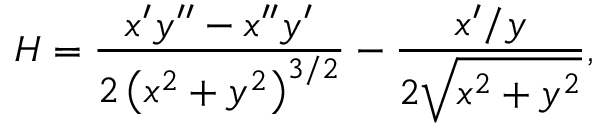
H = \frac { x ^ { \prime } y ^ { \prime \prime } - x ^ { \prime \prime } y ^ { \prime } } { 2 \left( x ^ { 2 } + y ^ { 2 } \right) ^ { 3 / 2 } } - \frac { x ^ { \prime } / y } { 2 \sqrt { x ^ { 2 } + y ^ { 2 } } } ,